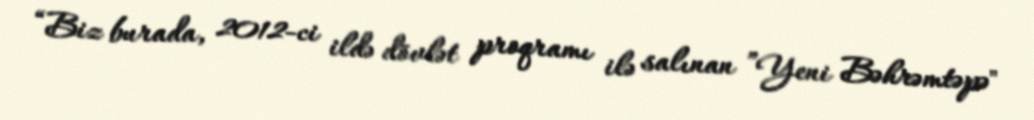
“Biz burada, 2012-ci ildə dövlət proqramı ilə salınan ”Yeni Bəhrəmtəpə"